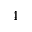
4